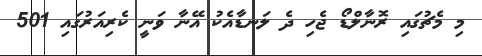
މި މެޗުގައި ރޮނާލްޑޯ ޖެހި ދެ ލަނޑާއެކު އޭނާ ވަނީ ކެރިއަރުގައި 501